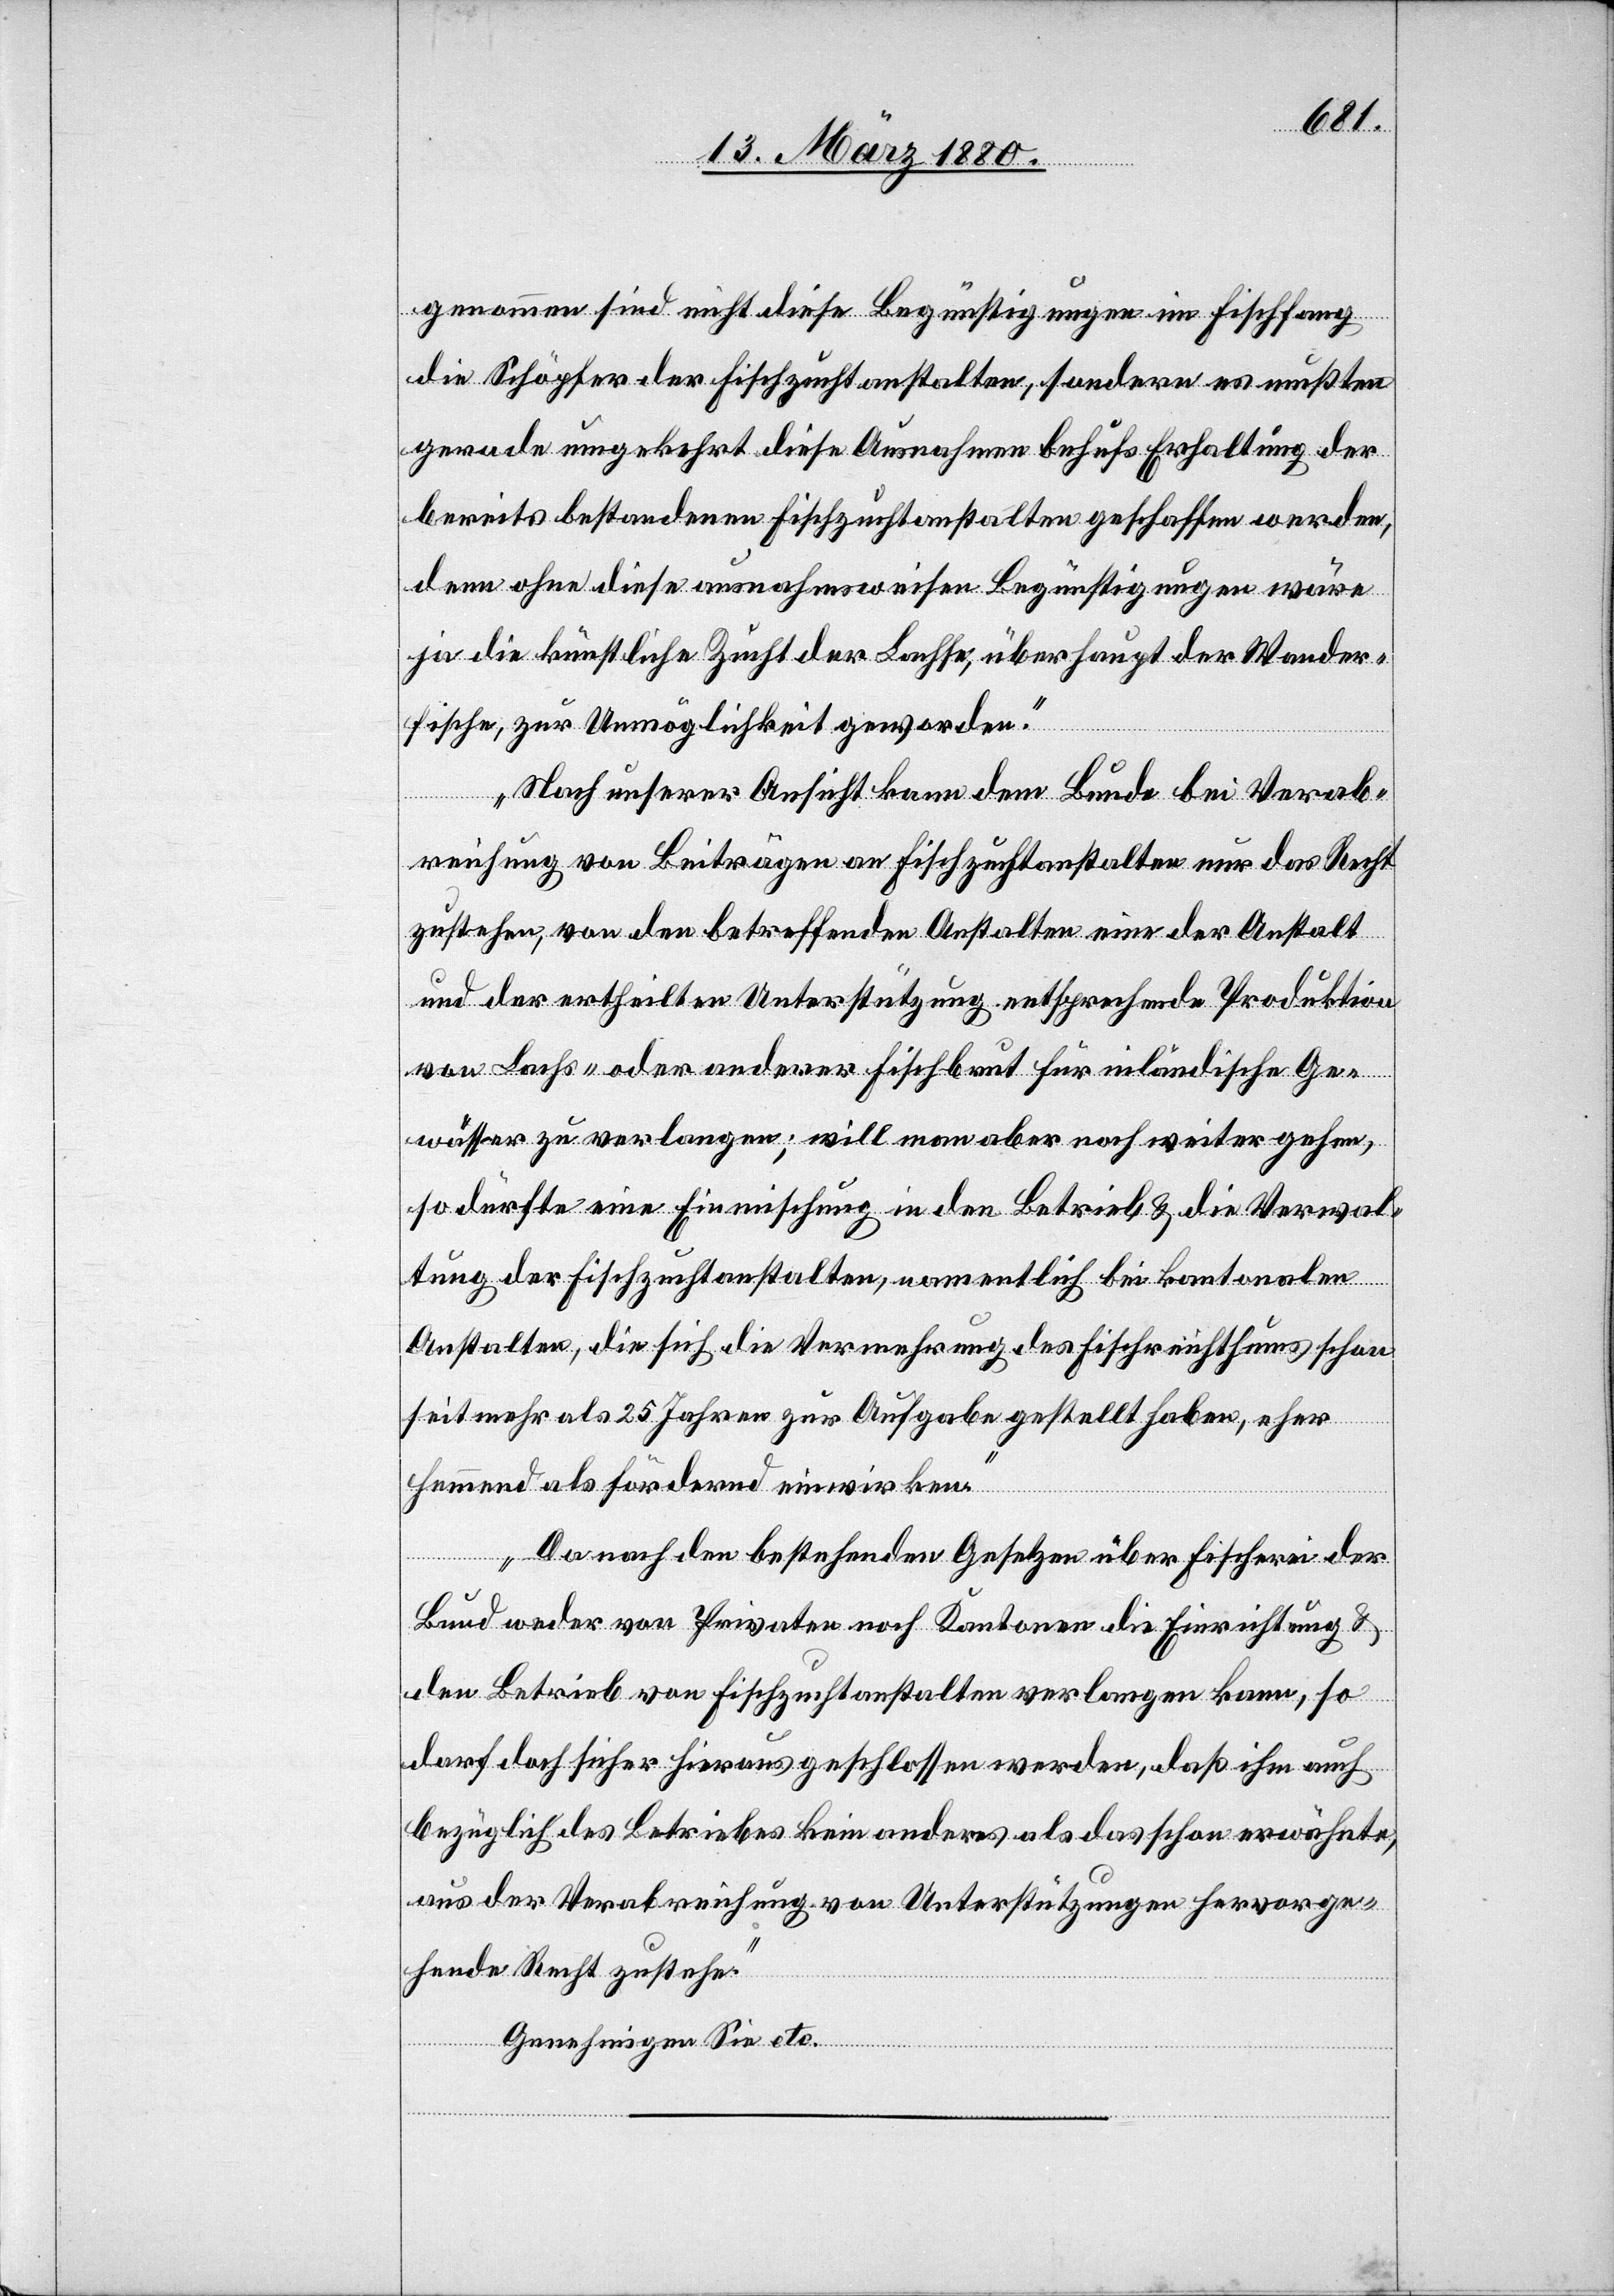
genommen sind nicht die Begünstigungen im Fischfang
die Schöpfer der Fischzuchtanstalten, sondern es mußten
gerade umgekehrt diese Ausnahmen behufs Erhaltung der
bereits bestandenen Fischzuchtanstalten geschaffen werden,
denn ohne diese ausnahmsweise Begünstigungen wäre
ja die künstliche Zucht der Lachse, überhaupt der Wander¬
fische, zur Unmöglichkeit geworden.
Nach unserer Ansicht kann dem Bunde bei Verab¬
reichung von Beiträgen an Fischzuchtanstalten nur das Recht
zustehen, von den betreffenden Anstalten eine der Anstalt
und der ertheilten Unterstützung entsprechende Produktion
von Lachs- oder anderer Fischbrut für inländische Ge¬
wässer zu verlangen; will man aber noch weiter gehen,
so dürfte eine Einmischung in den Betrieb & die Verwal¬
tung der Fischzuchtanstalten, namentlich bei kantonalen
Anstalten, die sich die Vermehrung des Fischreichthums schon
seit mehr als 25 Jahren zur Aufgabe gestellt haben, eher
hemmend als fördernd einwirken.
Da nach den bestehenden Gesetzen über Fischerei der
Bund weder von Privaten noch Kantonen die Einrichtung &
den Betrieb von Fischzuchtanstalten verlangen kann, so
darf doch sicher hieraus geschlossen werden, daß ihm auch
bezüglich des Betriebes kein anderes als das schon erwähnte,
aus der Verabreichung von Unterstützungen hervorge¬
hende Recht zustehe.
Genehmigen Sie etc.“